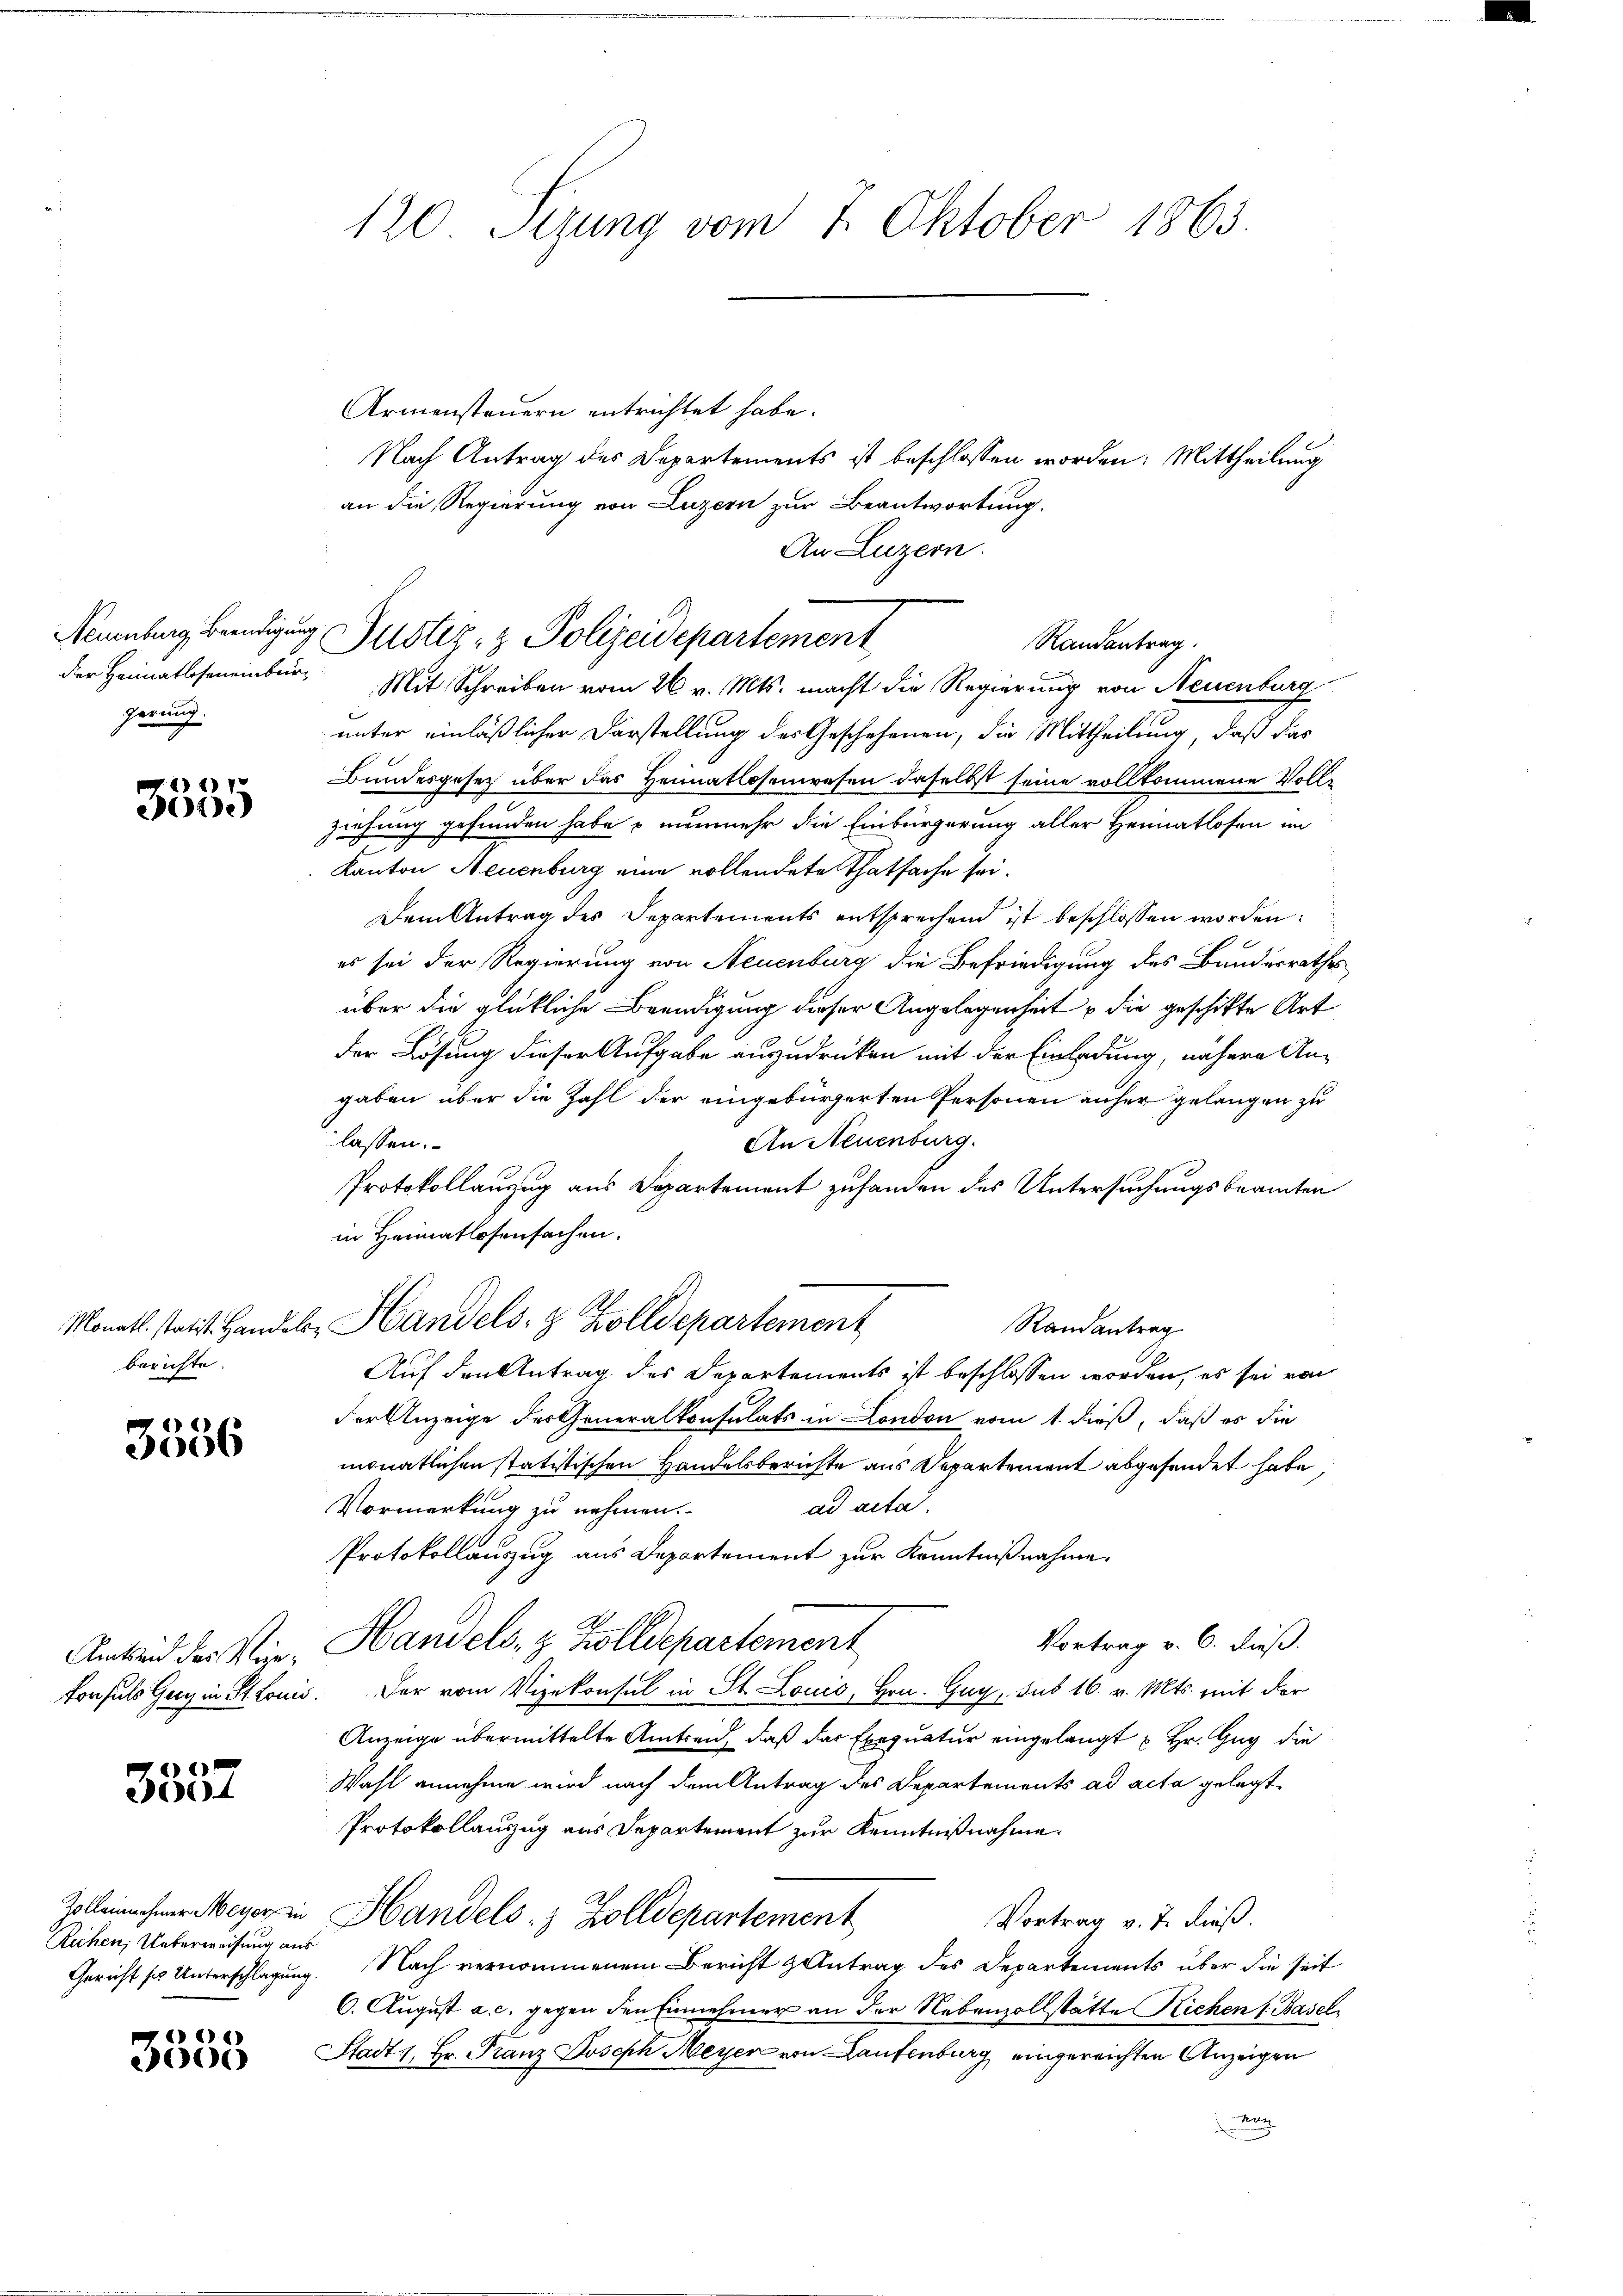
gerung.

) 2) 12
21.)

berichte.

3556

3357

Richen, Ueberweisung aus

e
2000

120. Sezung vom 7. Oktober 1863

Armensteuern entrichtet habe.
Nach Antrag des Departements ist beschlossen worden: Mittheilung
an die Regierung von Luzern zur Beantwortung.
An Luzern.
der Heimatloseneinburg Mit Schreiben vom 26. v. Mts. macht die Regierung von Neuenburg
unter einläßlicher Darstellung des Geschehenen, die Mittheilung, daß das
Bundesgesetz über das Heimatlosenwesen daselbst seine vollkommene Vollziehung gefunden habe & nunmehr die Einbürgerung aller Heimatlosen in
Kanton Neuenburg eine vollendete Thatsache sei.
Dem Antrag des Departements entsprechend ist beschlossen worden:
es sei der Regierung von Neuenburg die Befriedigung des Bundesrathes
über die glückliche Beendigung dieser Angelegenheit u die geschikte Art
der Lösung dieser Aufgabe auszudrücken mit der Einladung, nähere An-
gaben über die Zahl der eingebürgerten Personen anher gelangen zu
lassen.
An Neuenburg.
Protokollauzug aus Departement zufanden des Untersuchungsbeamten
in Heimatlosensachen.
R.
Monath. statist Handel, Handels- & Zolldepartement
Randantrag
Auf den Antrag des Departements ist beschlossen worden, es sei von
der Anzeige der Generalkonsulats in London vom 1. dieß, daß es die
monatlichen statistischen Handelsberichte aus Departement abgefandet habe,
ad acta.
Vormerkung zu nehmen.
Protokollauszug aus Departement zur Kenntnißnahme
Vortrag v. 6. dieß.
Amtseid der N. Handels- & Zolldepartement
konsuls Gerz in Louis. Der vom Vizekonsul in St. Louis, Hrn. Guy, sub 16. v. Mts. mit der
Anzeige übermittelte Amtsen, daß das Exequatur eingelangt u. Hr. Zug die
Wahl annehme wird nach dem Antrag des Departements ad acta gelegt
Protokollauszug aus Departement zur Kenntnißnahme.
Zolleichner Meyer in Handels- & Zolldepartement
Vortrag v. J. dieß.
Gericht sie Unterschlagung. Nach vernommenem Bericht antrag des Departements über die seit
6. August a. c. gegen den Einnehmer an der Nebenzollstätte Richen s. Basel
Stadt 1. Hr. Franz Joseph Meyer von Laufenburg eingereichten Anzeigen

Neuenburg, Beendigung Justiz- & Polizeidepartement
Randantrag.